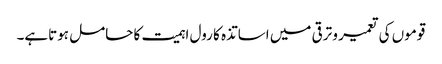
قوموں کی تعمیر و ترقی میں اساتذہ کا رول اہمیت کا حامل ہوتاہے۔